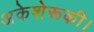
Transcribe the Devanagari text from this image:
अकेशेरूकी।